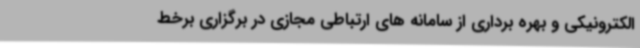
الکترونیکی و بهره برداری از سامانه های ارتباطی مجازی در برگزاری برخط